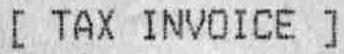
[ TAX INVOICE ]